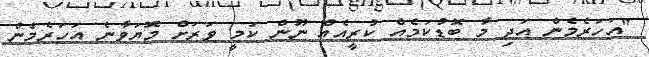
"އަހަރެމެން އަދި މާ ބޮޑުކަމެއް ކުރީއެއް ނޫން ކަމީ ވަރަށް މޮޔަވާނެ އަހަރެމެން